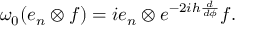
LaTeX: \omega _ { 0 } ( e _ { n } \otimes f ) = i e _ { n } \otimes e ^ { - 2 i h \frac { d } { d \phi } } f .